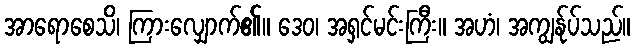
အာရောစေသိ၊ ကြားလျှောက်၏။ ဒေဝ၊ အရှင်မင်းကြီး။ အဟံ၊ အကျွန်ုပ်သည်။